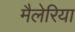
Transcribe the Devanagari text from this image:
मैलेरिया